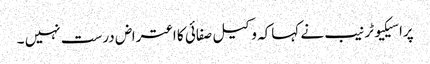
پراسیکیوٹر نیب نے کہاکہ وکیل صفائی کا اعتراض درست نہیں ۔